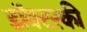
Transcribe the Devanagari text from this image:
डॉक्टरकी